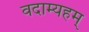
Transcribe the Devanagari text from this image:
वदाम्यहम्